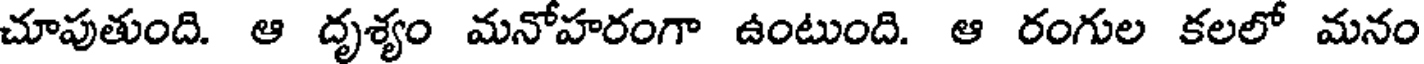
చూపుతుంది. ఆ దృశ్యం మనోహరంగా ఉంటుంది. ఆ రంగుల కలలో మనం